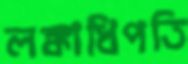
লঙ্কাধিপতি